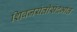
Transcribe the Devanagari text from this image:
शिवजयंतीसंदर्भात